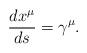
LaTeX: \begin{align*}\frac{dx^{\mu}}{ds}=\gamma^{\mu}.\end{align*}